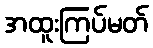
အထူးကြပ်မတ်